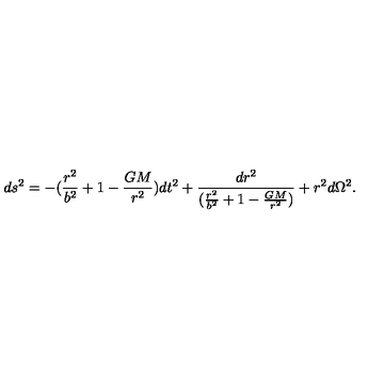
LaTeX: d s ^ { 2 } = - ( { \frac { r ^ { 2 } } { b ^ { 2 } } } + 1 - { \frac { G M } { r ^ { 2 } } } ) d t ^ { 2 } + { \frac { d r ^ { 2 } } { ( { \frac { r ^ { 2 } } { b ^ { 2 } } } + 1 - { \frac { G M } { r ^ { 2 } } } ) } } + r ^ { 2 } d \Omega ^ { 2 } .